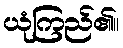
ယုံကြည်၏။